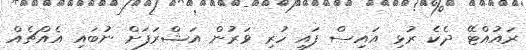
ރައުއްޓޭ ދެކެ ރުޅި އައިސް ފައި ހުރި ވަރުން އަޝްރަފަށް ނުބައި އެއްޗެއް